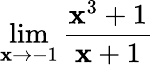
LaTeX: \lim\limits_{\mathbf{x}\rightarrow-1}\frac{{\mathbf{x}^{3}+1}}{{\mathbf{x}+1}}